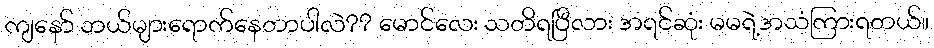
ကျနော် ဘယ်များရောက်နေတာပါလဲ?? မောင်လေး သတိရပြီလား အရင်ဆုံး မမရဲ့အသံကြားရတယ်။